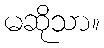
မဆိုသာ။